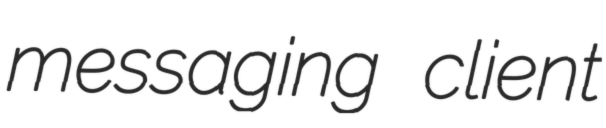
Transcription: messaging client